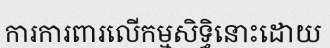
ការការពារលើកម្មសិទ្ធិនោះដោយ